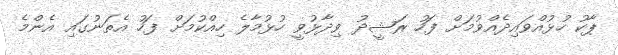
ޕާކު ހުޅުއްވައިދެއްވުމަށް ފަހު ރަޝީދު ވިދާޅުވީ ހުޅުމާލެ ހިއްކުމަށް ފަހު އެތަނުގައި އެންމެ